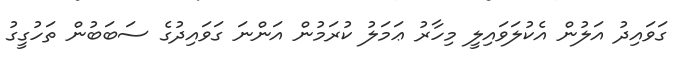
ގަވައިދު އަލުން އެކުލަވައިލީ މިހާރު ޢަމަލު ކުރަމުން އަންނަ ގަވައިދުގެ ސަބަބުން ތަހުގީގު